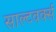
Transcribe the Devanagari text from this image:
साल्टवर्क्स